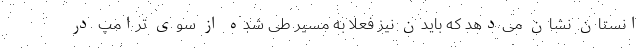
انستان نشان می‌دهد که بایدن نیز فعلا به مسیر طی شده از سوی ترامپ در